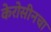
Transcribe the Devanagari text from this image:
केरोसीनचा